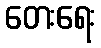
တေးရေး